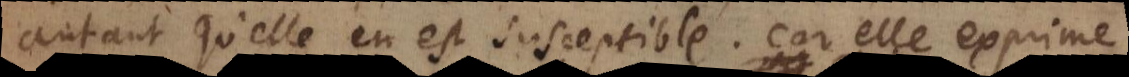
autant qu’elle en est susceptible. Car elle exprime